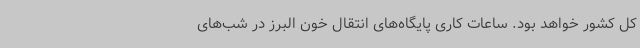
کل کشور خواهد بود. ساعات کاری پایگاه‌های انتقال خون البرز در شب‌های